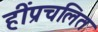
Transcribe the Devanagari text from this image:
हींप्रचलित